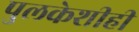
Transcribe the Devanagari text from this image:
पुलकेशीही